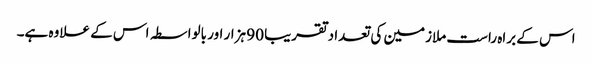
اس کے براہ راست ملازمین کی تعداد تقریبا 90 ہزار اور بالواسطہ اس کے علاوہ ہے۔